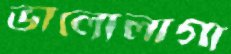
ভালোলাগা